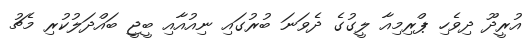
އުރީދޫ ދިވެހި ޕްރިމިއާ ލީގުގެ ދެވަނަ ބުރުގައި ނިއުއާއި ބީޖީ ބައްދަލުކުރި މެޗު